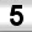
Digit: 5